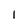
Character: 1